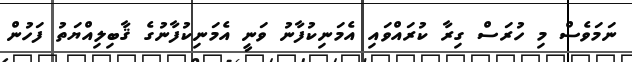
ނަމަވެސް މި ހުރަސް ގިރާ ކުރައްވައި އެމަނިކުފާނު ވަނީ އެމަނިކުފާނުގެ ޤާބިލިއްޔަތު ފަހުން